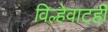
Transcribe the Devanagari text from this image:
विल्हेवाटही